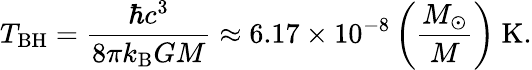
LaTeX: T_{\mathrm{BH}}=\frac{\hbar c^{3}}{8\pi k_{\mathrm{B}}GM}\approx 6.17\times 10^{-8}\left(\frac{M_{\odot}}{M}\right)\ \mathrm{K}.